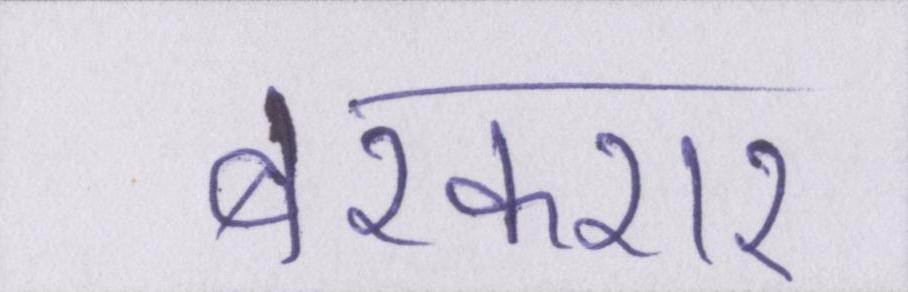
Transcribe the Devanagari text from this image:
बरकरार